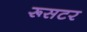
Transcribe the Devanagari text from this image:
रूसटर